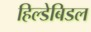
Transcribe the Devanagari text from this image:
हिल्डेबिडल